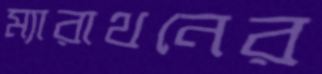
ম্যারাথনের